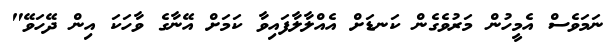
ނަމަވެސް އެމީހުން މަރުވެގެން ކަނޑަށް އެއްލާލާފައިވާ ކަމަށް އޭނާގެ ވާހަކަ އިން ދޭހަވޭ"